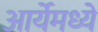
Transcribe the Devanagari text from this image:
आर्येमध्ये